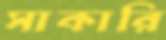
সাকারি